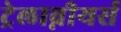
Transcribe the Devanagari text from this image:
ट्रेलाव्नीयर्स